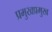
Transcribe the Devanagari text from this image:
प्रमुखप्रमुख